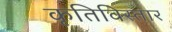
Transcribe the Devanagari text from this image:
कृतिविस्तार